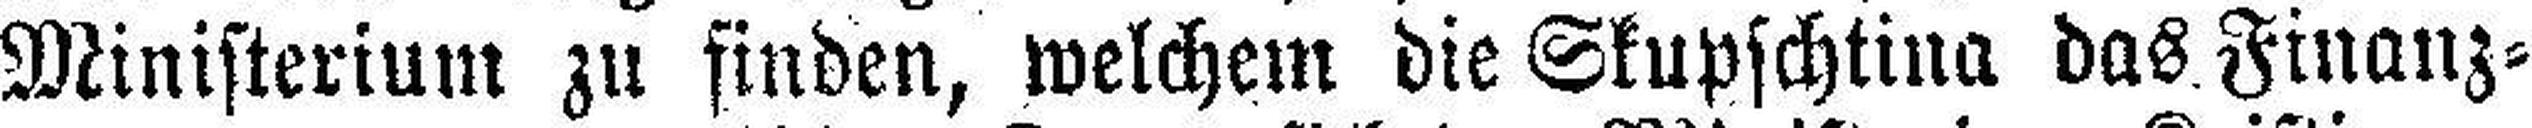
Ministerium zu finden, welchem die Skupschtina das Finanz=